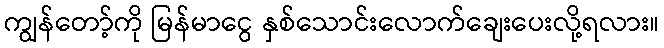
ကျွန်တော့်ကို မြန်မာငွေ နှစ်သောင်းလောက်ချေးပေးလို့ရလား။